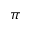
\pi